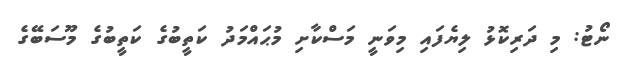
ނޯޓު: މި ދަރިކޮޅު ލިޔެފައި މިވަނީ މަސްކާށި މުޙައްމަދު ކަތީބުގެ ކަތީބުގެ މޫސަބޭގެ